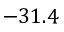
- 3 1 . 4